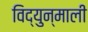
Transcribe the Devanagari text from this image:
विद्युन्माली